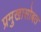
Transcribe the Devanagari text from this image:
प्रमुखासोबत